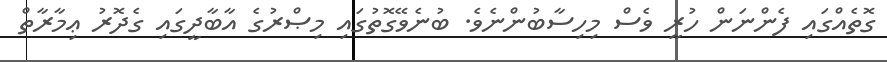
ގޮތެއްގައި ފެންނަން ހުރީ ވެސް މިހިސާބުންނެވެ. ބުނެވޭގޮތުގައި މިޞްރުގެ އާބާދީގައި ގެދޮރު ޢިމާރާތް